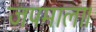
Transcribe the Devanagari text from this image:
जपमाला।